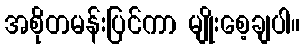
အစိုတမန်းပြင်ကာ မျိုးစေ့ချပါ။